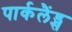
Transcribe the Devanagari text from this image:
पार्कलैंड्स